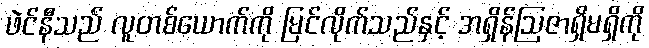
ဖဲင်နီသည် လူတစ်ယောက်ကို မြင်လိုက်သည်နှင့် အရှိန်ဩဇာရှိမရှိကို